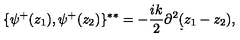
\{ \psi ^ { + } ( z _ { 1 } ) , \psi ^ { + } ( z _ { 2 } ) \} ^ { * * } = - { \frac { i k } { 2 } } \partial ^ { 2 } \d ( z _ { 1 } - z _ { 2 } ) ,